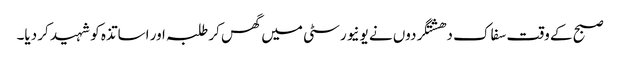
صبح کے وقت سفاک دھشتگردوں نے یونیورسٹی میں گھس کر طلبہ اور اساتذہ کو شہید کر دیا۔